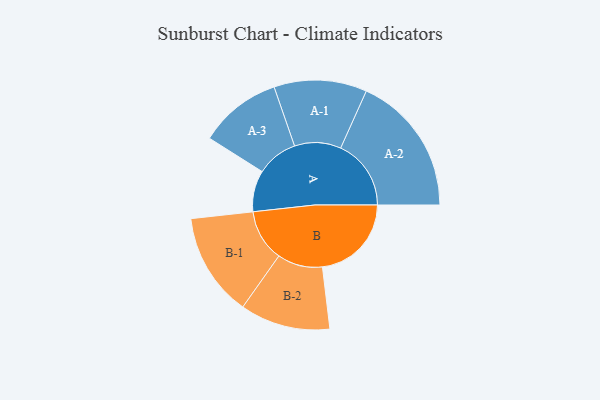
{"axis": {"x": "Segment", "y": "Value"}, "legend": ["", "A", "B"], "data": [{"x": "A", "y": 129, "type": ""}, {"x": "B", "y": 278, "type": ""}, {"x": "A-1", "y": 145, "type": "A"}, {"x": "A-2", "y": 220, "type": "A"}, {"x": "A-3", "y": 129, "type": "A"}, {"x": "B-1", "y": 162, "type": "B"}, {"x": "B-2", "y": 141, "type": "B"}]}